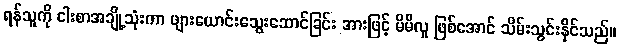
ရန်သူကို ငါးစာအချို့သုံးကာ ဖျားယောင်းသွေးဆောင်ခြင်း အားဖြင့် မိမိလူ ဖြစ်အောင် သိမ်းသွင်းနိုင်သည်။